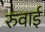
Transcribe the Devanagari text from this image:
रुवाई